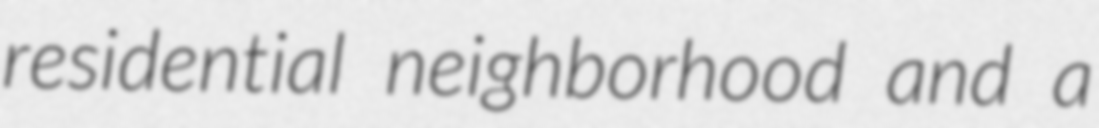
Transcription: residential neighborhood and a